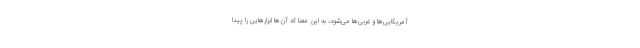
آمریکایی‌ها و غربی‌ها می‌شود، به این معنا که آن‌ها ابزارهایی را پیدا